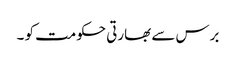
برس سے بھارتی حکومت کو ۔